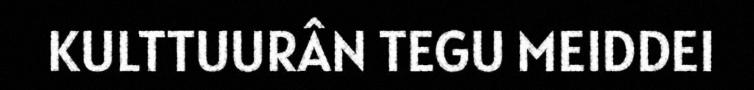
KULTTUURÂN TEGU MEIDDEI